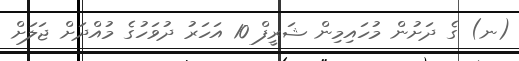
(ނ) ގެ ދަށުން މުހައިމިން ޝަރީފް 10 އަހަރު ދުވަހުގެ މުއްދަށް ޖަލަށް